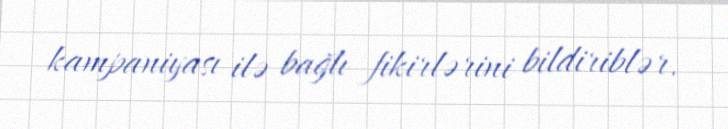
kampaniyası ilə bağlı fikirlərini bildiriblər.